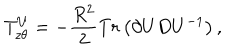
LaTeX: T _ { z \theta } ^ { U } = - \frac { R ^ { 2 } } { 2 } T r \left( \partial U D U ^ { - 1 } \right) ,